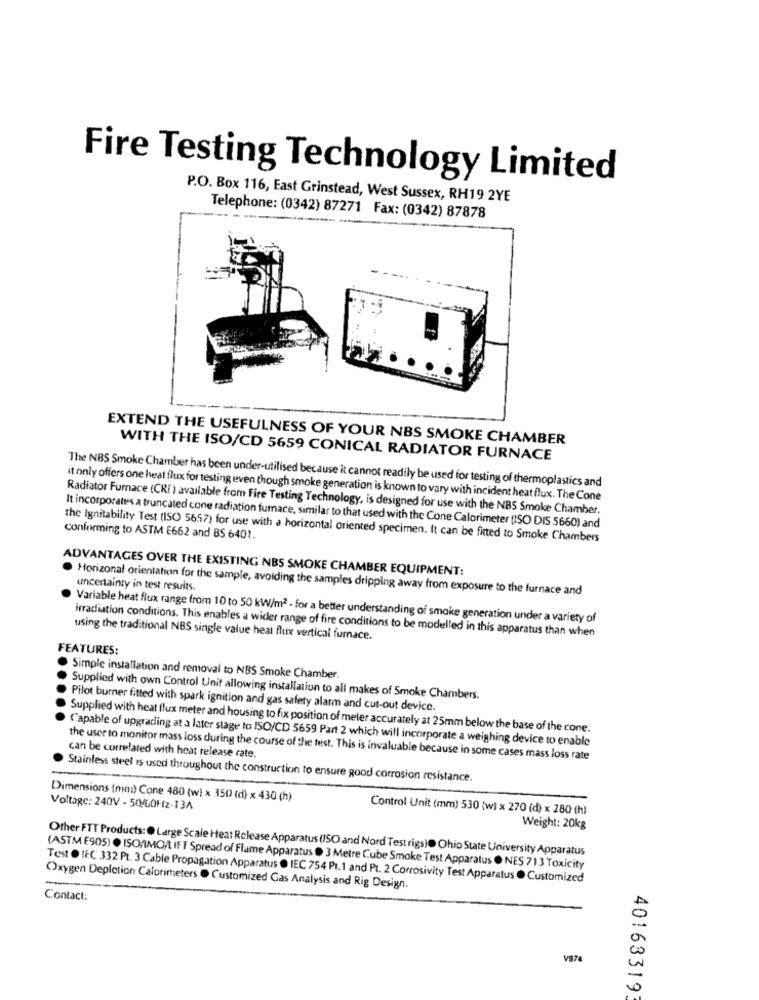
Fire Testing Technology Limited
P.O. Box 116, East Grinstead, West Sussex, RH19 2YE
Telephone: (0342) 87271 Fax: (0342) 87878
EXTEND THE USEFULNESS OF YOUR NBS SMOKE CHAMBER
WITH THE ISO/CD 5659 CONICAL RADIATOR FURNACE
The NBS Smoke Chamber has been under-utilised because it cannot readily be used for testing of thermoplastics and
it only offers one heat flux for testing even though smoke generation is known to vary with incident heat flux. The Cone
Radiator Furnace (CRF ) available from Fire Testing Technology, is designed for use with the NBS Smoke Chamber.
It incorporates a truncated cone radiation furnace, similar to that used with the Cone Calorimeter (ISO DIS 5660) and
the Ignitability Test (ISO 5657) for use with a horizontal oriented specimen. It can be fitted to Smoke Chambers
Conforming to ASTM E662 and 8S 6401.
ADVANTAGES OVER THE EXISTING NBS SMOKE CHAMBER EQUIPMENT:
Horizonal orientation for the sample, avoiding the samples dripping away from exposure to the furnace and
uncertainty in test results.
Variable heat flux range from 10 to 50 kW/m2 - for a better understanding of smoke generation under a variety of
irradiation conditions. This enables a wider range of fire conditions to be modelled in this apparatus than when
using the traditional NBS single value heal flux vertical furnace.
FEATURES:
Simple installation and removal to NBS Smoke Chamber.
Supplied with own Control Unit allowing installation to all makes of Smoke Chambers.
Pilot burner fitted with spark ignition and gas safety alarm and cut-out device.
Supplied with heat flux meter and housing to fix position of meler accurately at 25mm below the base of the cone.
Capable of upgrading at a later stage to ISO/CD 5659 Part 2 which will incorporate a weighing device to enable
the user to monitor mass loss during the course of the test. This is invaluable because in some cases mass loss rate
can be correlated with heat release rate.
Stainless steel is used throughout the construction to ensure good corrosion resistance.
Dimensions (mm) Cone 480 (w) x 350 (d) x 430 (h)
Voltage: 240V - 50/60Hz-134
Control Unit (mm) 530 (w) x 270 (d) x 280 (h)
Weight: 20kg
Other FTT Products: @ Large Scale Heat Release Apparatus (ISO and Nord Test rigs) Ohio State University Apparatus
(ASTM E905) . ISOMIMO/LIFT Spread of Flame Apparatus . 3 Metre Cube Smoke Test Apparatus O NES 713 Toxicity
Test . IEC 332 Pt. 3 Cable Propagation Apparatus . IEC 754 Pt.1 and Pt. 2 Corrosivity Test Apparatus . Customized
Oxygen Depiction Calorimeters . Customized Gas Analysis and Rig Design.
Contact:
V974
40163319